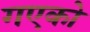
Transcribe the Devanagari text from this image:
गएको